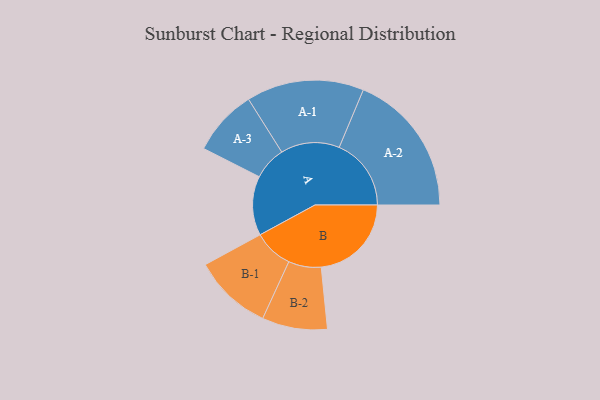
{"axis": {"x": "Segment", "y": "Value"}, "legend": ["", "A", "B"], "data": [{"x": "A", "y": 238, "type": ""}, {"x": "B", "y": 362, "type": ""}, {"x": "A-1", "y": 236, "type": "A"}, {"x": "A-2", "y": 289, "type": "A"}, {"x": "A-3", "y": 133, "type": "A"}, {"x": "B-1", "y": 158, "type": "B"}, {"x": "B-2", "y": 131, "type": "B"}]}